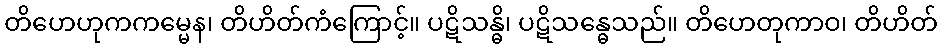
တိဟေဟုကကမ္မေန၊ တိဟိတ်ကံကြောင့်။ ပဋိသန္ဓိ၊ ပဋိသန္ဓေသည်။ တိဟေတုကာဝ၊ တိဟိတ်